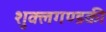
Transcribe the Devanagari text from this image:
शुक्लगण्डकी